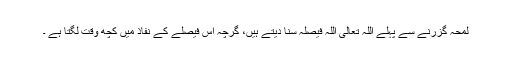
لمحہ گزرنے سے پہلے اللہ تعالیٰ اللہ فیصلہ سنا دیتے ہیں، گرچہ اس فیصلے کے نفاذ میں کچھ وقت لگتا ہے ۔